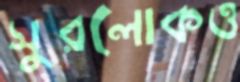
সুরলোকও